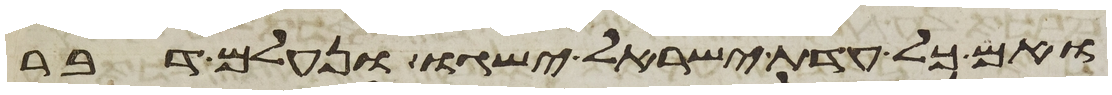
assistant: ואם כל עדת ישראל ישגו ונעלם דבר